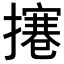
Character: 𢶊